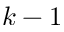
k - 1